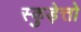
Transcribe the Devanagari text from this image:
स्कुड़ेत्तो